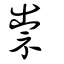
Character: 祟